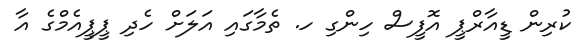
ކުރިން ޑީއާރްޕީ އޮފީސް ހިންގި ހ. ތެމާގައި އަލަށް ހެދި ޕީޕީއެމްގެ އާ